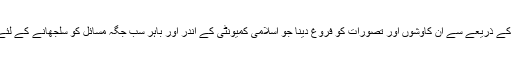
اسلامی طریقہ علاج کے ذریعے سے ان کاوشوں اور تصورات کو فروغ دینا جو اسلامی کمیونٹی کے اندر اور باہر سب جگہ مسائل کو سلجھانے کے لئے مفید اورکارآمد ہیں۔